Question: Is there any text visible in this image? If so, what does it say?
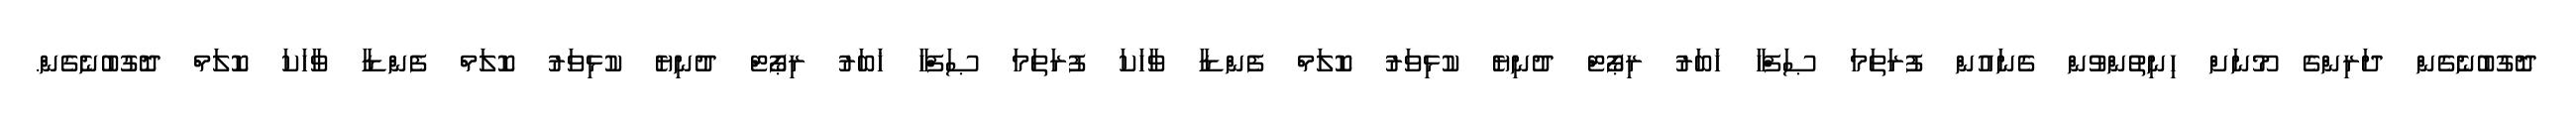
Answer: ދޮގުބުނެގެން ދަރިންގެ މޫނަށް ހިނިތުންވުން ގެނައުން ފުރަތަމަ ޞަފްހާ ޚަބަރު ރިޕޯޓް ދުނިޔެ ކުޅިވަރު ކޮލަމް ފެންޑާ ވާހަކަ ފުރަތަމަ ޞަފްހާ ޚަބަރު ރިޕޯޓް ދުނިޔެ ކުޅިވަރު ކޮލަމް ފެންޑާ ވާހަކަ ކޮލަމް ދޮގުބުނެގެން.